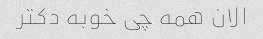
الان همه چی خوبه دکتر